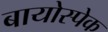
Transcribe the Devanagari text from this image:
बायोस्पेक